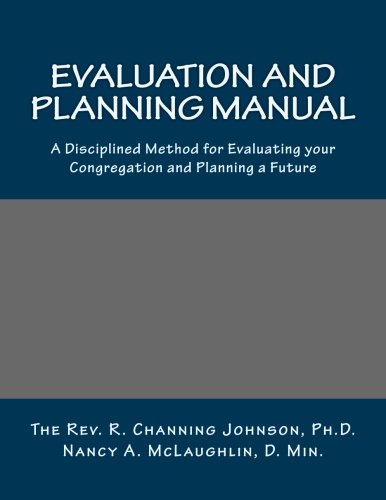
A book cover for Evaluation and Planning Manual: A Disciplined Method for Evaluating your Congregation and Planning a Future; R. Channing Johnson; Christian Books & Bibles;